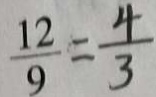
\frac { 1 2 } { 9 } = \frac { 4 } { 3 }